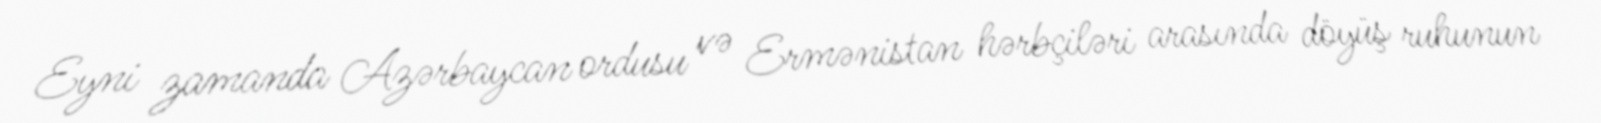
Eyni zamanda Azərbaycan ordusu və Ermənistan hərbçiləri arasında döyüş ruhunun